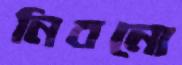
নিবনো